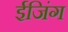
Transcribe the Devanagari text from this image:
ईजिंग